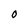
Character: O